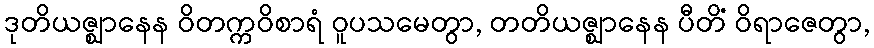
ဒုတိယဇ္ဈာနေန ဝိတက္ကဝိစာရံ ဝူပသမေတွာ, တတိယဇ္ဈာနေန ပီတိံ ဝိရာဇေတွာ,